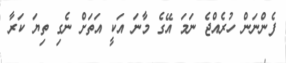
ފެންނަން ހުރެއްޖެ ނަމަ އޭގެ މާނަ އަކީ އަތަށް ނެގި ތިޔަ ކަރާ